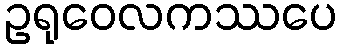
ဥရုဝေလကဿပေ